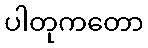
ပါတုကတော